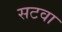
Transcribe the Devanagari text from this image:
सटवा